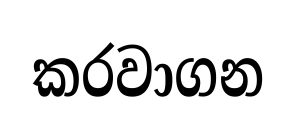
කරවාගන